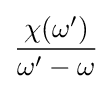
{\frac {\chi (\omega ')}{\omega '-\omega }}